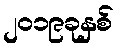
၂၀၁၉ခုနှစ်